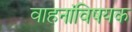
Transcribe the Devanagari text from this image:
वाहनांविषयक